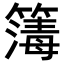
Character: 𥳻